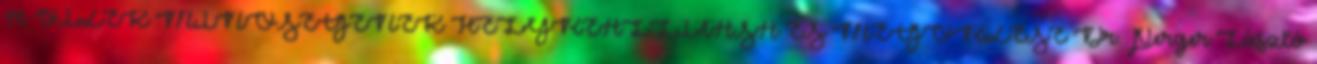
A VIZEK MINŐSÉGÉNEK HELYREÁLLÍTÁSA ÉS MEGŐRZÉSE Dr. Perger László